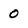
Character: 0